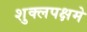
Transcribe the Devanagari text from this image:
शुक्लपक्षमे